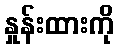
နှုန်းထားကို